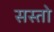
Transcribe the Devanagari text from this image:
सस्तो